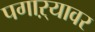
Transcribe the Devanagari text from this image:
पगाऱ्यावर